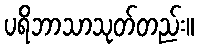
ပရိဘာသာသုတ်တည်း။